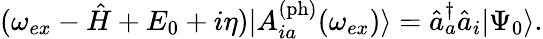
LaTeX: \begin{array}{r}{(\omega_{ex}-\hat{H}+E_{0}+i\eta)|A_{ia}^{\mathrm{(ph)}}(\omega_{ex})\rangle=\hat{a}_{a}^{\dagger}\hat{a}_{i}|\Psi_{0}\rangle.}\end{array}